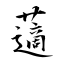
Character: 藡